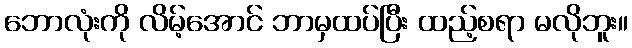
ဘောလုံးကို လိမ့်အောင် ဘာမှထပ်ပြီး ထည့်စရာ မလိုဘူး။